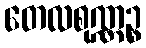
တေလစုဏ္ဏဉ္စ